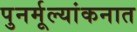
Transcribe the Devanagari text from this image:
पुनर्मूल्यांकनात